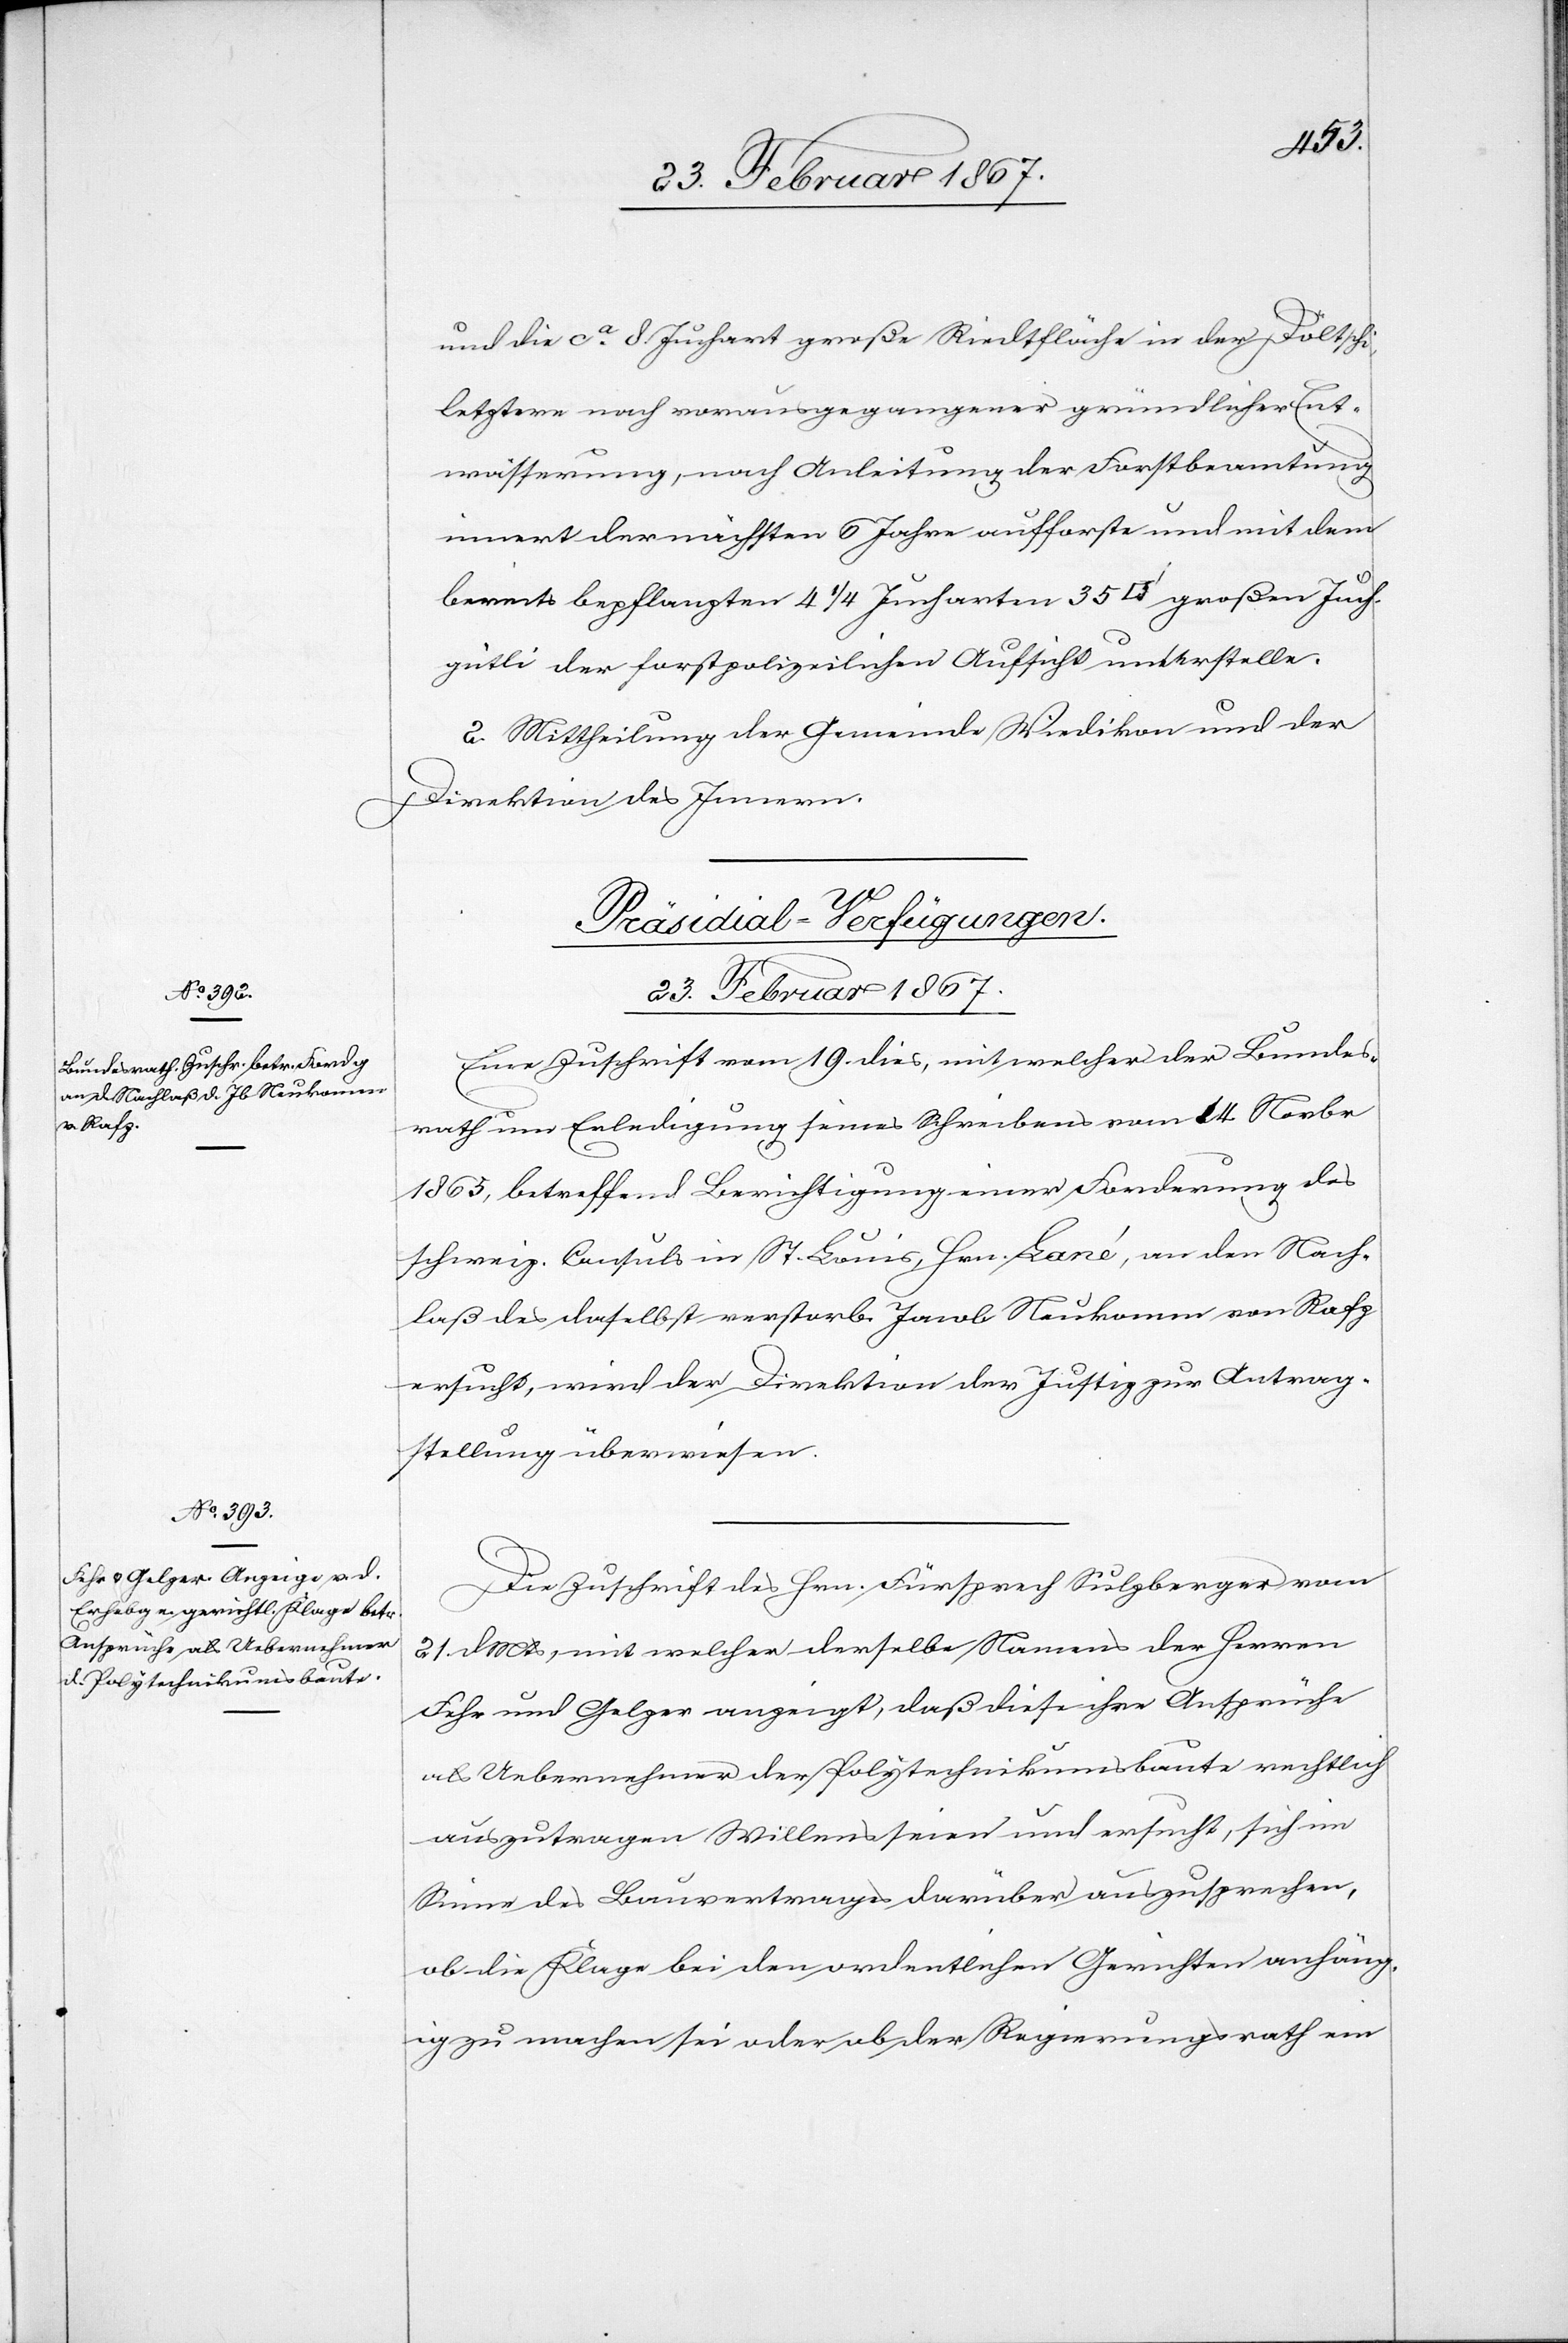
und die ca. 8 Juchart große Riedtfläche in der Döltschi
letztere nach vorausgegangener gründlicher Ent¬
wässerung, nach Anleitung der Forstbeamtung
innert der nächsten 6 Jahre aufforste und mit dem
bereits bepflanzten 4 1/2 Jucharten 35 [Quadratfuss] großen Juch¬
gütli der forstpolizeilichen Aufsicht unterstelle.
2. Mittheilung der Gemeinde Wiedikon und der
Direktion des Innern.
[Präsidial-Verfügungen.
23. Februar 1867.]
Eine Zuschrift vom 19. dies mit welcher der Bundes¬
rath um Erledigung seines Schreibens vom 4 Novbr
1865, betreffend Berichtung einer Forderung des
schweiz. Consuls in St. Louis, Hrn. Laré, an den Nach¬
laß des daselbst verstorb. Jacob Neukomm von Rafz
ersucht, wird der Direktion der Justiz zur Antrag¬
stellung überwiesen.
Die Zuschrift des Hrn. Fürsprech Sulzberger vom
21. d. Mts, mit welcher derselbe Namens der Herren
Fehr und Gelzer anzeigt, daß diese ihre Ansprüche
als Uebernehmer der Polytechnikumsbaute rechtlich
auszutragen Willens seien und ersucht, sich im
Sinne des Bauvertrages darüber auszusprechen,
ob die Klage bei den ordentlichen Gerichten anhängi¬
g zu machen sei oder ob der Regierungsrath ein